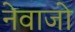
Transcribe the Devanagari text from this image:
नेवाजो